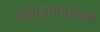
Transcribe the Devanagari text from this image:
उद्घोषतानियंत्रण